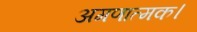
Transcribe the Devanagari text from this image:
अगणात्मक।